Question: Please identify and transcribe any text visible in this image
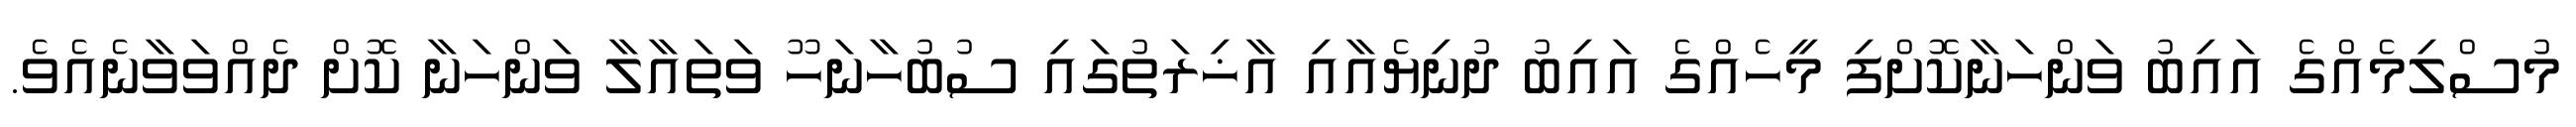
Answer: މުސްލިމެއްގެ އައިބު ވަންހަނާކޮށްފި މީހެއްގެ އައިބު ދުނިޔެއާއި އާޚިރަތުގައި ސުބުހާނަހޫ ވަތައާލާ ވަންހަނާ ކޮށް ދެއްވަވާނެއެވެ.